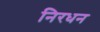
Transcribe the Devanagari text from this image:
निरधन